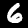
Digit: 6